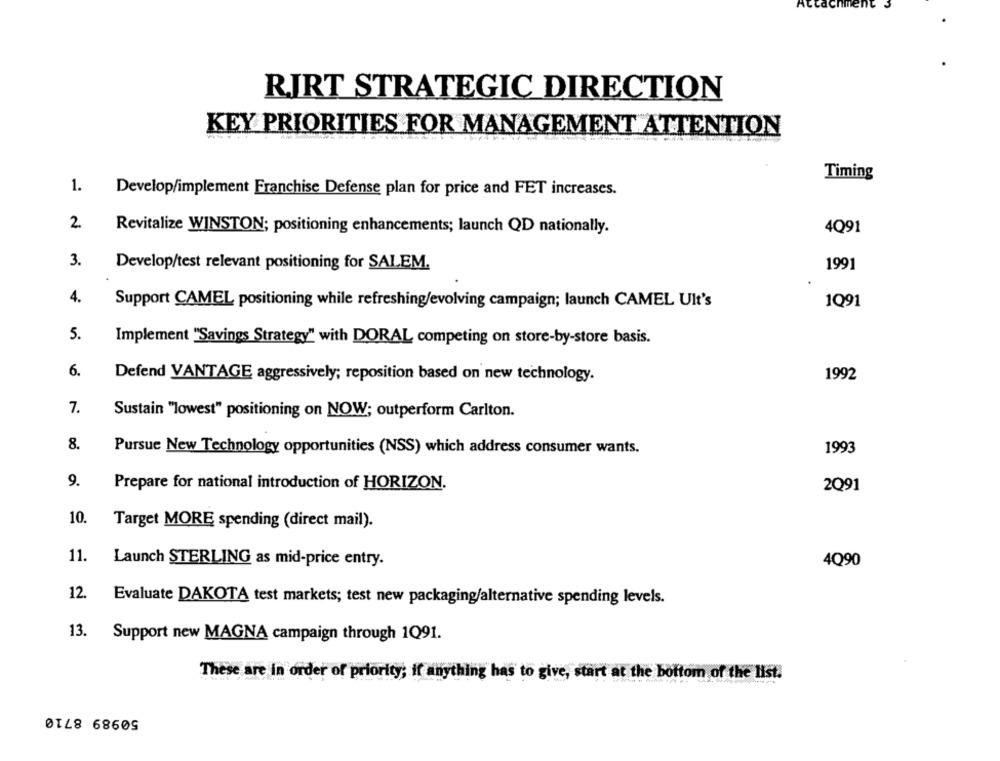
RJRT STRATEGIC DIRECTION
KEY PRIORITIES FOR MANAGEMENT ATTENTION
Timing
1.
Develop/implement Franchise Defense plan for price and FET increases.
2
Revitalize WINSTON; positioning enhancements; launch QD nationally.
4Q91
3.
Develop/test relevant positioning for SALEM.
1991
4.
Support CAMEL positioning while refreshing/evolving campaign; launch CAMEL UIt's
1Q91
5.
Implement "Savings Strategy" with DORAL competing on store-by-store basis.
6.
Defend VANTAGE aggressively; reposition based on new technology.
1992
7.
Sustain "lowest" positioning on NOW; outperform Carlton.
8.
1993
Pursue New Technology opportunities (NSS) which address consumer wants.
9.
Prepare for national introduction of HORIZON.
2Q91
10.
Target MORE spending (direct mail).
11.
Launch STERLING as mid-price entry.
4Q90
12.
Evaluate DAKOTA test markets; test new packaging/alternative spending levels.
13.
Support new MAGNA campaign through 1Q91.
These are in order of priority; if anything has to give, start at the bottom of the list.
50989 8710